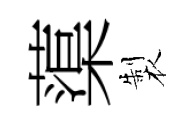
蕖製